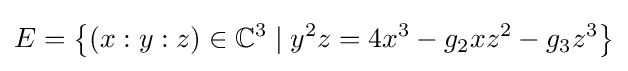
E=\left\{(x:y:z)\in \mathbb {C} ^{3}\mid y^{2}z=4x^{3}-g_{2}xz^{2}-g_{3}z^{3}\right\}